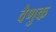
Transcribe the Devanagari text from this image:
वैणुक